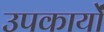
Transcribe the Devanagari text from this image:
उपकार्यों